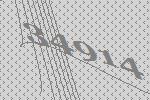
34914